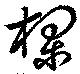
欄